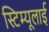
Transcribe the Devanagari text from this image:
स्टिम्यूलाई